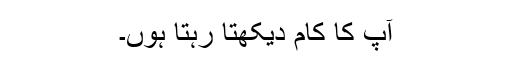
آپ کا کام دیکھتا رہتا ہُوں۔